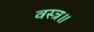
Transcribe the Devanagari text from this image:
वस्त्र॥